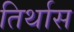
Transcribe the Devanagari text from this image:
तिर्थास